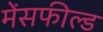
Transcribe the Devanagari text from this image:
मेंसफील्ड